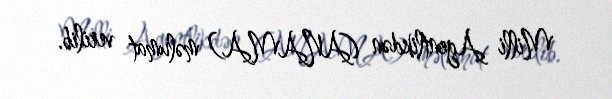
Milli Agentlikdən (ANAMA) məlumat verilib.